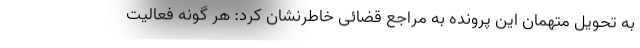
به تحویل متهمان این پرونده به مراجع قضائی خاطرنشان کرد: هر گونه فعالیت